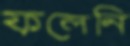
ফলেনি